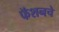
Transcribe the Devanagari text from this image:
फॅशनचे